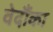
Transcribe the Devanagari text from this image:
वेदौंका